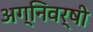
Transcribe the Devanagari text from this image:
अग्निवर्षी